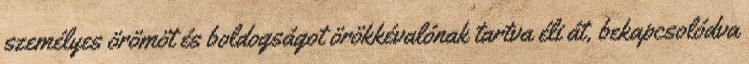
személyes örömöt és boldogságot örökkévalónak tartva éli át, bekapcsolódva